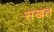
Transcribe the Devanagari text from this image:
सखत